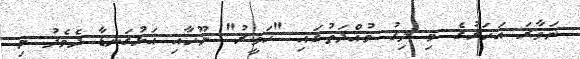
ނަވާރަ އަހަރުގެ މި ދިގު މުއްދަތުގައި "ހަވީރު" ނޫހާއި އަޅުގަނޑާ ދެމެދު މި